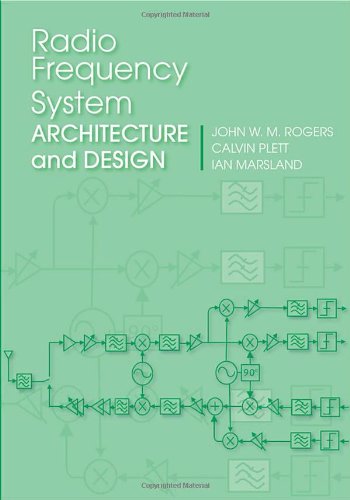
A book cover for Radio Frequency System Architecture and Design; John W. M. Rogers; Crafts, Hobbies & Home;